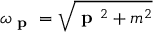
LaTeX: \omega _ { \textbf { p } } = { \sqrt { { \textbf { p } } ^ { 2 } + m ^ { 2 } } }